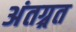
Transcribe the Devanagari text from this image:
अंतग्र्रत